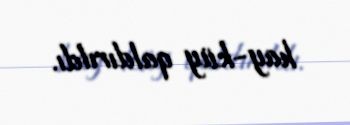
hay-küy qaldırıldı.